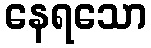
နေရသော